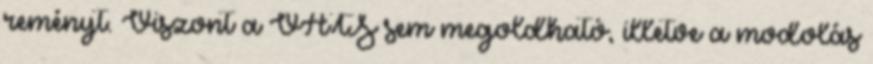
reményt. Viszont a VATS sem megoldható, illetve a modolás